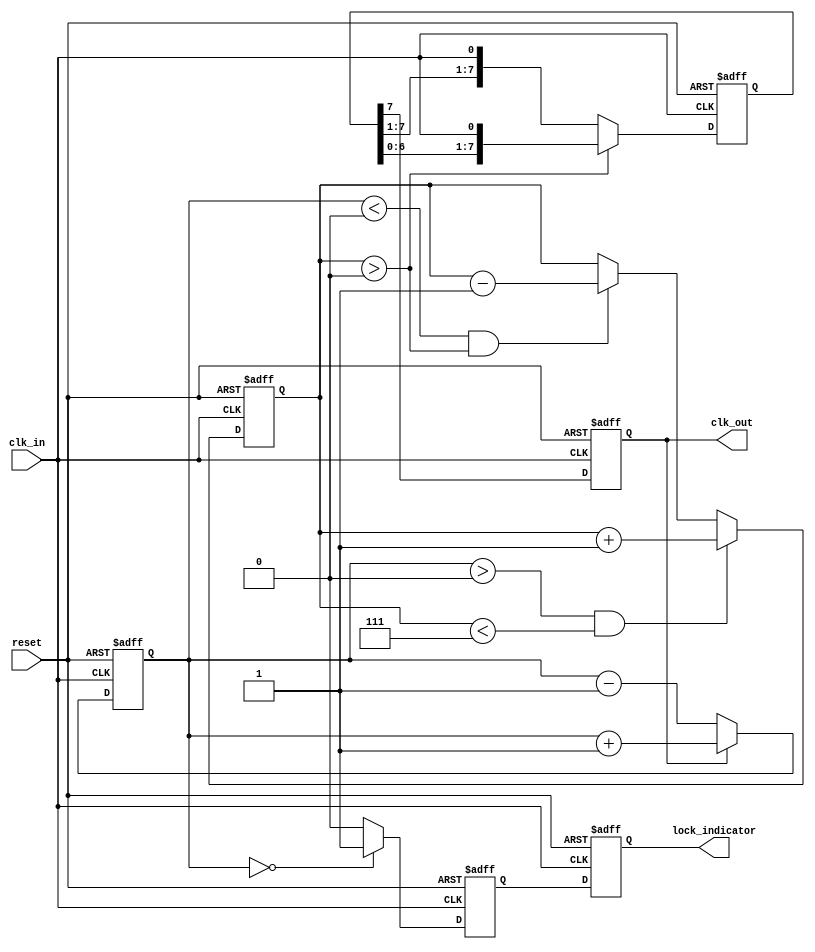
module MemoryBlocksDLL (
    input wire clk_in,          // Input clock
    input wire reset,           // Asynchronous reset
    output reg clk_out,         // Output clock
    output reg lock_indicator    // Lock indicator
);

    // Parameters
    parameter NUM_DELAY_ELEMENTS = 8; // Number of delay elements
    parameter DELAY_STEP = 1;          // Delay step time

    // Internal signals
    reg [NUM_DELAY_ELEMENTS-1:0] delay_elements; // Delay element states
    reg [3:0] phase_error;                   // Phase error signal
    reg [3:0] delay_index;                   // Current delay index
    reg locked;                              // Lock status

    // Phase Detector
    always @(posedge clk_in or posedge reset) begin
        if (reset) begin
            phase_error <= 0;
        end else begin
            // Compare input clock with delayed output
            if (clk_out) begin
                phase_error <= phase_error + 1; // Simple phase error increment
            end else begin
                phase_error <= phase_error - 1; // Simple phase error decrement
            end
        end
    end

    // Control Logic
    always @(posedge clk_in or posedge reset) begin
        if (reset) begin
            delay_index <= 0;
            locked <= 0;
        end else begin
            // Adjust delay based on phase error
            if (phase_error > 0 && delay_index < NUM_DELAY_ELEMENTS-1) begin
                delay_index <= delay_index + 1;  // Increase delay
            end else if (phase_error < 0 && delay_index > 0) begin
                delay_index <= delay_index - 1;  // Decrease delay
            end
            
            // Check if within lock tolerance
            if (phase_error == 0) begin
                locked <= 1;
            end else begin
                locked <= 0;
            end
        end
    end

    // Delay Elements (Memory Blocks)
    always @(posedge clk_in or posedge reset) begin
        if (reset) begin
            delay_elements <= 0;
            clk_out <= 0;
        end else begin
            // Shift the delay elements based on current delay index
            if (delay_index > 0) begin
                delay_elements <= {delay_elements[NUM_DELAY_ELEMENTS-2:0], clk_in};
            end else begin
                delay_elements <= {delay_elements[NUM_DELAY_ELEMENTS-1:1], clk_in};
            end
            
            // Output the last element as the clock output
            clk_out <= delay_elements[NUM_DELAY_ELEMENTS-1];
        end
    end

    // Lock Indicator
    always @(posedge clk_in or posedge reset) begin
        if (reset) begin
            lock_indicator <= 0;
        end else begin
            lock_indicator <= locked;
        end
    end
    
endmodule